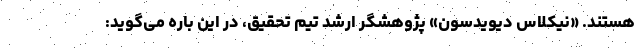
هستند. «نیکلاس دیویدسون» پژوهشگر ارشد تیم تحقیق، در این باره می‌گوید: